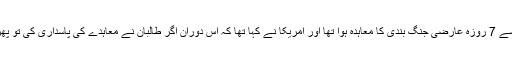
خیال رہے کہ افغان طالبان اور حکومت کے درمیان 22 فروری سے 7 روزہ عارضی جنگ بندی کا معاہدہ ہوا تھا اور امریکا نے کہا تھا کہ اس دوران اگر طالبان نے معاہدے کی پاسداری کی تو پھر ان سے امن معاہدہ ہوگا جو 29 فروری کو دوحہ میں ہوچکا ہے۔